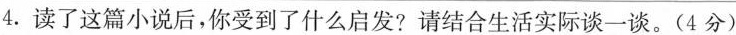
4.读了这篇小说后，你受到了什么启发?请结合生活实际谈一谈。(4分)